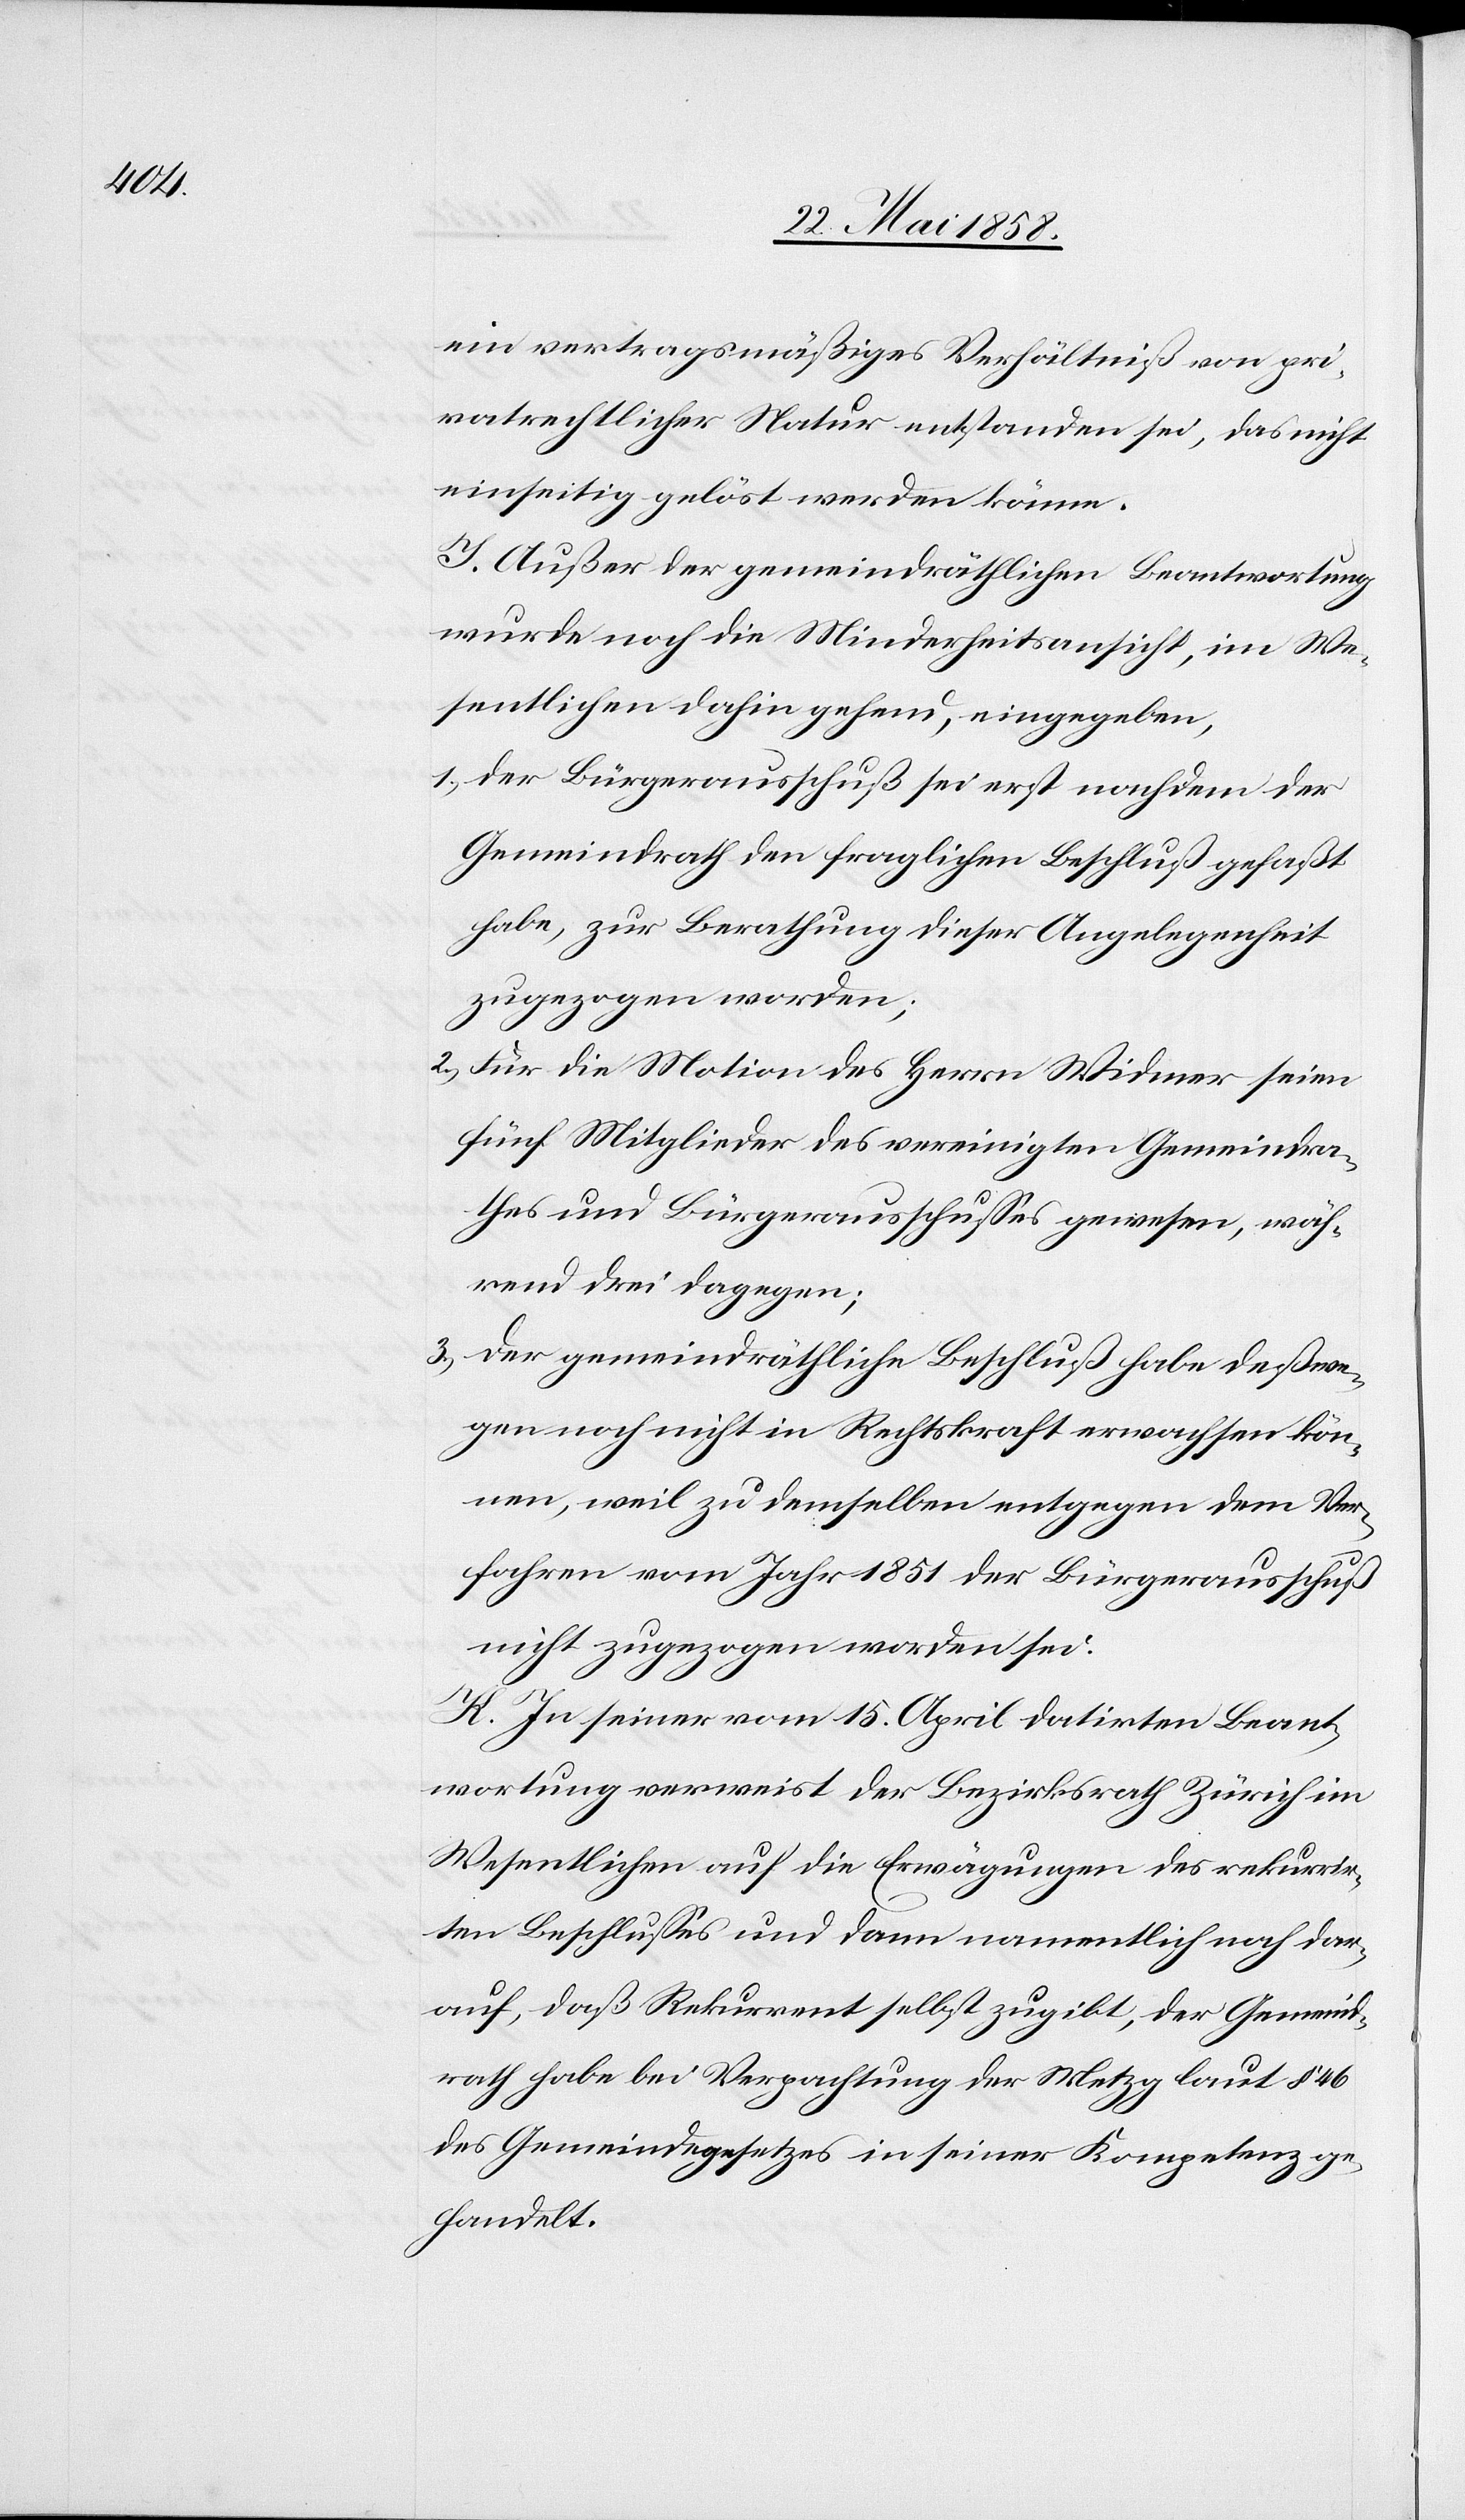
ein vertragsmäßiges Verhältniß von pri¬
vatrechtlicher Natur entstanden sei, das nicht
einseitig gelöst werden könne.
J. Außer der gemeindräthlichen Beantwortung
wurde noch die Minderheitsansicht, im We¬
sentlichen dahin gehend, eingegeben,
1. Der Bürgerausschuß sei erst nachdem der
Gemeindrath den fraglichen Beschluß gefaßt
habe, zur Berathung dieser Angelegenheit
zugezogen worden;
2. Für die Motion des Herrn Widmer seien
fünf Mitglieder des vereinigten Gemeindra¬
thes und Bürgerausschusses gewesen, wäh¬
rend drei dagegen;
3. Der gemeindräthliche Beschluß habe deßwe¬
gen noch nicht in Rechtskraft erwachsen kön¬
nen, weil zu demselben entgegen dem Ver¬
fahren vom Jahr 1851 der Bürgerausschuß
nicht zugezogen worden sei.
K. In seiner vom 15. April datirten Beant¬
wortung verweist der Bezirksrath Zürich im
Wesentlichen auf die Erwägungen des rekurrir¬
ten Beschlusses und dann namentlich noch dar¬
auf, daß Rekurrent selbst zugibt, der Gemeind¬
rath habe bei Verpachtung der Metzg laut § 46
des Gemeindegesetzes in seiner Kompetenz ge¬
handelt.